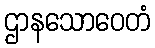
ဌာနသောဝေတံ